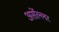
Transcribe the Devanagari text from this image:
अर्सेल्लर